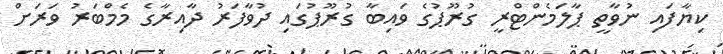
ކިޔާފައި ނުވާތީ ޕާލަމެންޓްރީ ގުރޫޕުގެ ވައިބާ ގުރޫޕުގައި ދުވާފަރު ދާއިރާގެ މެމްބަރު ވަރަށް